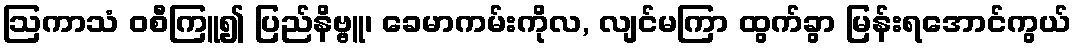
ဩကာသံ ဝစီကြူ၍ ပြည်နိဗ္ဗူ၊ ခေမာကမ်းကိုလ, လျင်မကြာ ထွက်ခွာ မြန်းရအောင်ကွယ်